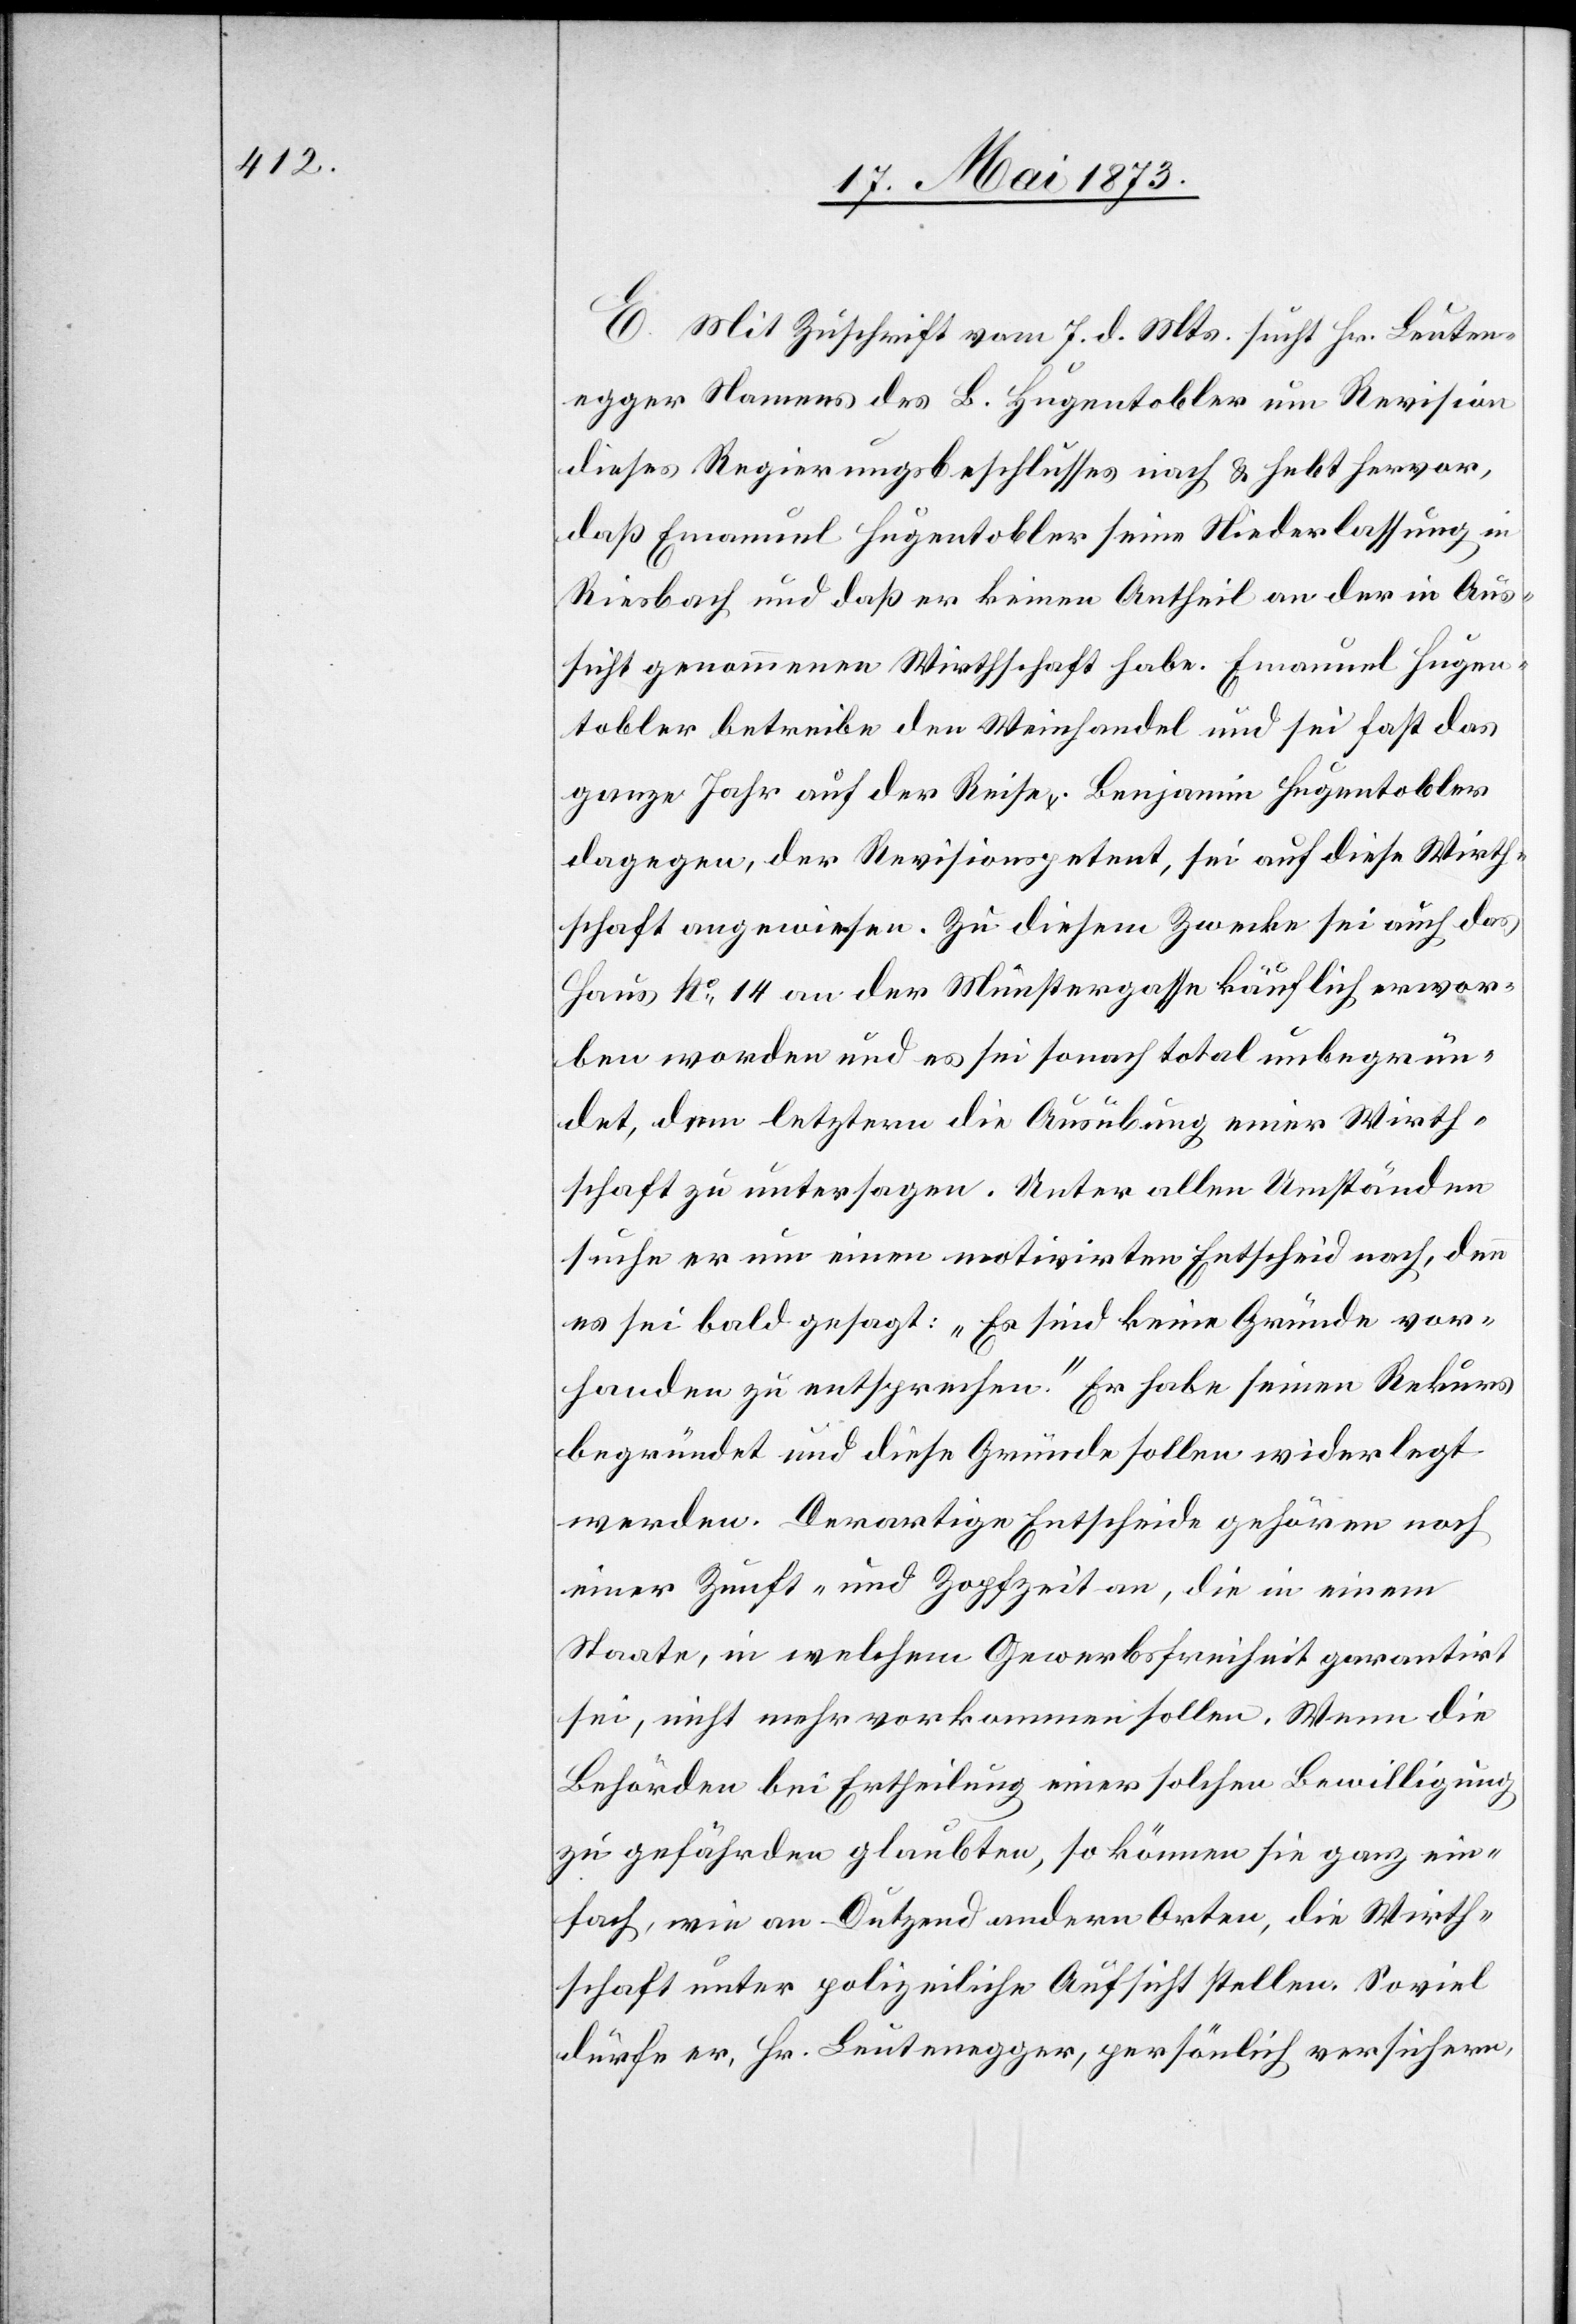
E. Mit Zuschrift vom 7. d. Mts. sucht Hr. Leuten¬
egger Namens des B. Hugentobler um Revision
dieses Regierungsbeschlusses nach & hebt hervor,
daß Emanuel Hugentobler seine Niederlassung in
Riesbach und daß er keinen Antheil an der in Aus¬
sicht genommenen Wirthschaft habe. Emanuel Hugen¬
tobler betreibe den Weinhandel und sei fast das
ganze Jahr auf der Reise. Benjamin Hugentobler
dagegen, der Revisionspetent, sei auf diese Wirth¬
schaft angewiesen. Zu diesem Zwecke sei auch das
Haus No 14 an der Münstergasse käuflich erwor¬
ben worden und es sei sonach total unbegrün¬
det, dem letztern die Ausübung einer Wirth¬
schaft zu untersagen. Unter allen Umständen
suche er um einen motivirten Entscheid nach, denn
es sei bald gesagt: „Es sind keine Gründe vor¬
handen zu entsprechen.“ Er habe seinen Rekurs
begründet und diese Gründe sollen widerlegt
werden. Derartige Entscheide gehören noch
einer Zunft- und Zopfzeit an, die in einem
Staate, in welchem Gewerbsfreiheit garantirt
sei, nicht mehr vorkommen sollen. Wenn die
Behörden bei Ertheilung einer solchen Bewilligung
zu gefährden glaubten [sic!], so können sie ganz ein¬
fach, wie an Dutzend andern Orten, die Wirth¬
schaft unter polizeiliche Aufsicht stellen. Soviel
dürfe er, Hr. Leutenegger, persönlich versichern,